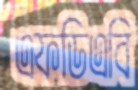
এফডিএবি